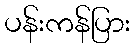
ပန်းကန်ပြား